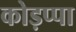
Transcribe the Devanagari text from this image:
कोड़प्पा